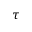
\tau